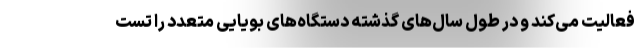
فعالیت می‌کند و در طول سال‌های گذشته دستگاه‌های بویایی متعدد را تست